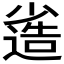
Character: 𡮯